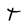
Character: t